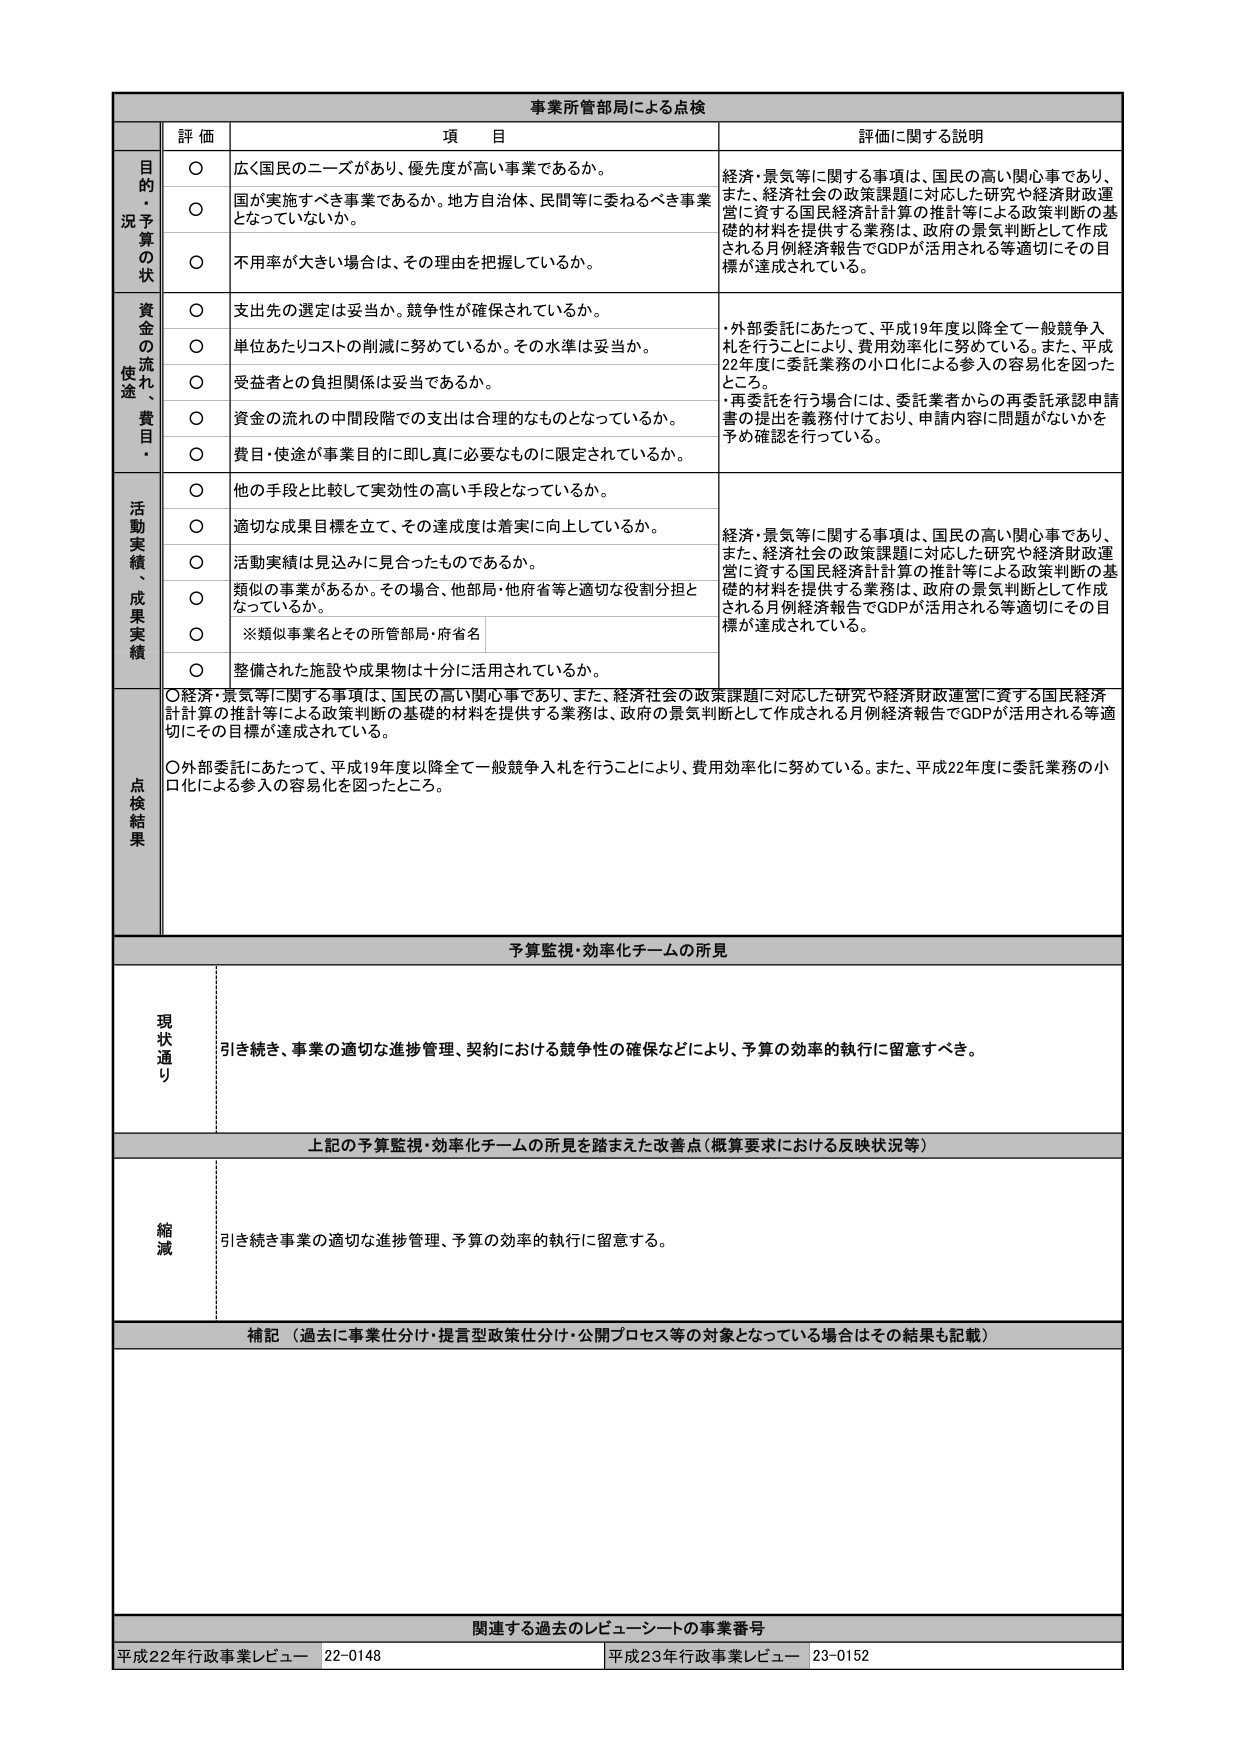
事業所管部局による点検

評価 項目 評価に関する説明

目的・
況予算
の状
○ 広く国民のニーズがあり、優先度が高い事業であるか。
○ 国が実施すべき事業であるか。地方自治体、民間等に委ねるべき事業
となっていないか。
○ 不用率が大きい場合は、その理由を把握しているか。
経済・景気等に関する事項は、国民の高い関心事であり、
また、経済社会の政策課題に対応した研究や経済財政運
営に資する国民経済計算の推計等による政策判断の基
礎的材料を提供する業務は、政府の景気判断として作成
される月例経済報告でGDPが活用される等適切にその目
標が達成されている。

資金の
流れ、
使途・
費目・
○ 支出先の選定は妥当か。競争性が確保されているか。
○ 単位あたりコストの削減に努めているか。その水準は妥当か。
○ 受益者との負担関係は妥当であるか。
○ 資金の流れの中間段階での支出は合理的なものとなっているか。
○ 費目・使途が事業目的に即し真に必要なものに限定されているか。
・外部委託にあたって、平成19年度以降全て一般競争入
札を行うことにより、費用効率化に努めている。また、平成
22年度に委託業務の小口化による参入の容易化を図った
ところ。
・再委託を行う場合には、委託業者からの再委託承認申請
書の提出を義務付けており、申請内容に問題がないかを
予め確認を行っている。

活動実績、
成果実績
○ 他の手段と比較して実効性の高い手段となっているか。
○ 適切な成果目標を立て、その達成度は着実に向上しているか。
○ 活動実績は見込みに見合ったものであるか。
○ 類似の事業があるか。その場合、他部局・他府省等と適切な役割分担と
なっているか。
○ ※類似事業名とその所管部局・府省名
○ 整備された施設や成果物は十分に活用されているか。
経済・景気等に関する事項は、国民の高い関心事であり、
また、経済社会の政策課題に対応した研究や経済財政運
営に資する国民経済計算の推計等による政策判断の基
礎的材料を提供する業務は、政府の景気判断として作成
される月例経済報告でGDPが活用される等適切にその目
標が達成されている。

点検結果
○経済・景気等に関する事項は、国民の高い関心事であり、また、経済社会の政策課題に対応した研究や経済財政運営に資する国民経済
計算の推計等による政策判断の基礎的材料を提供する業務は、政府の景気判断として作成される月例経済報告でGDPが活用される等適
切にその目標が達成されている。
○外部委託にあたって、平成19年度以降全て一般競争入札を行うことにより、費用効率化に努めている。また、平成22年度に委託業務の小
口化による参入の容易化を図ったところ。

予算監視・効率化チームの所見

現状通り
引き続き、事業の適切な進捗管理、契約における競争性の確保などにより、予算の効率的執行に留意すべき。

上記の予算監視・効率化チームの所見を踏まえた改善点（概算要求における反映状況等）

縮減
引き続き事業の適切な進捗管理、予算の効率的執行に留意する。

補記（過去に事業仕分け・提言型政策仕分け・公開プロセス等の対象となっている場合はその結果も記載）

関連する過去のレビュー・シートの事業番号
平成22年行政事業レビュー 22-0148 平成23年行政事業レビュー 23-0152